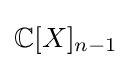
\mathbb {C} [X]_{n-1}